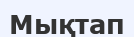
Мықтап